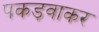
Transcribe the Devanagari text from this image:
पकड़वाकर